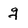
Character: g